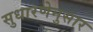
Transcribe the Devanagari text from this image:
सुधारणेनुसार